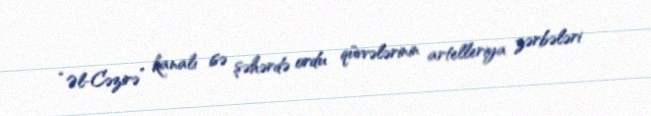
“Əl-Cəzirə” kanalı isə şəhərdə ordu qüvvələrinin artelleriya zərbələri